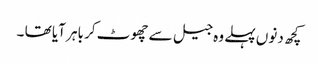
کچھ دنوں پہلے وہ جیل سے چھوٹ کر باہر آیا تھا ۔